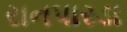
રાનપારડા